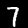
Digit: 7